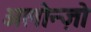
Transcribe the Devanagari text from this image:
अलोन्ज़ो